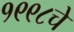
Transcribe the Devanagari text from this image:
१९९८चे